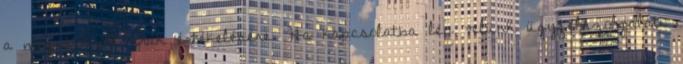
a megvásárolt áruk értékelésére. Ha kapcsolatba lép velünk ügyfélszolgálati